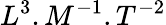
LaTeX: L^{3}.M^{-1}.T^{-2}